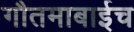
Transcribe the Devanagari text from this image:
गौतमाबाईच